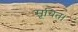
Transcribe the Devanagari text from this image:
सूचित।